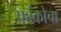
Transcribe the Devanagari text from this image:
फ्रांकोचा